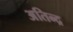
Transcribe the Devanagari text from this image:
अतिन्द्र